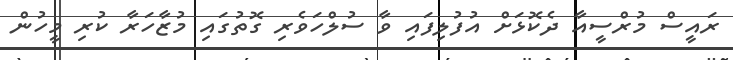
ރައީސް މުރްސީއާ ދެކޮޅަށް އުފުލިފައި ވާ ސުލްހަވެރި ގޮތުގައި މުޒާހަރާ ކުރި މީހުން